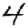
Digit: 4